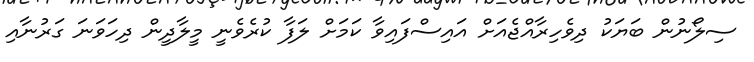
ސިލޯނުން ބަޔަކު ދިވެހިރާއްޖެއަށް އައިސްފައިވާ ކަމަށް ލަފާ ކުރެވެނީ މީލާދީން ދިހަވަނަ ގަރުނާއި